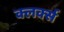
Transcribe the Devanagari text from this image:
क्लर्क्स